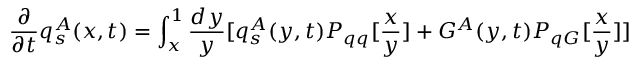
\frac { \partial } { \partial t } q _ { s } ^ { A } ( x , t ) = \int _ { x } ^ { 1 } \frac { d y } { y } [ q _ { s } ^ { A } ( y , t ) P _ { q q } [ \frac { x } { y } ] + G ^ { A } ( y , t ) P _ { q G } [ \frac { x } { y } ] ]